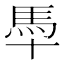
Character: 䭴